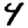
Digit: 4